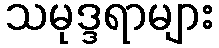
သမုဒ္ဒရာများ